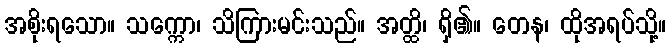
အစိုးရသော။ သက္ကော၊ သိကြားမင်းသည်။ အတ္ထိ၊ ရှိ၏။ တေန၊ ထိုအရပ်သို့။